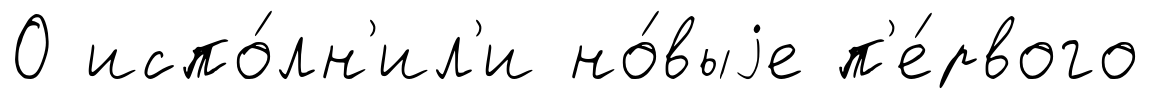
О испо́лн'ил'и но́выjе п'е́рвого